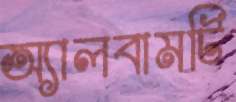
অ্যালবামটি